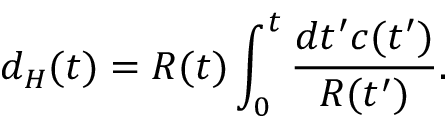
d _ { H } ( t ) = R ( t ) \int _ { 0 } ^ { t } \frac { d t ^ { \prime } c ( t ^ { \prime } ) } { R ( t ^ { \prime } ) } .